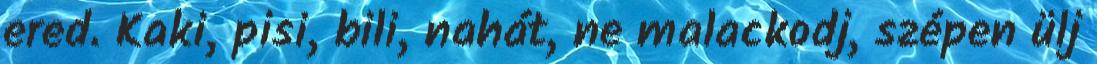
ered. Kaki, pisi, bili, nahát, ne malackodj, szépen ülj